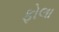
ફોલા